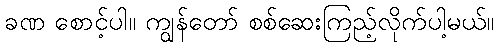
ခဏ စောင့်ပါ။ ကျွန်တော် စစ်ဆေးကြည့်လိုက်ပါ့မယ်။